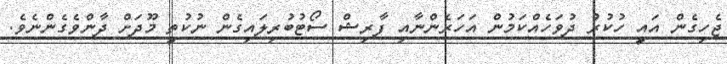
ޖެހިގެން އައީ ހުކުރު ދުވަހެއްކަމުން އަހަރެންނާއި ފާރިޝް ސޯޓުބުރިލައިގެން ނުކުތީ މޫދަށް ދާންވެގެންނެވެ.